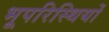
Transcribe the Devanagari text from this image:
भूपरिस्थियों